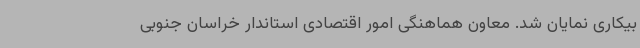
بیکاری نمایان شد. معاون هماهنگی امور اقتصادی استاندار خراسان جنوبی